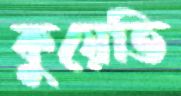
কুয়েতি